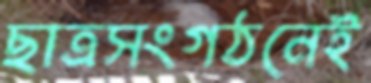
ছাত্রসংগঠনেই